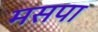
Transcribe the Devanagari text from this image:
मसपा